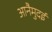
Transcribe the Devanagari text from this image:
आनैमुदई